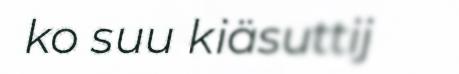
ko suu kiäsuttij